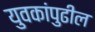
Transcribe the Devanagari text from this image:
युवकांपुढील